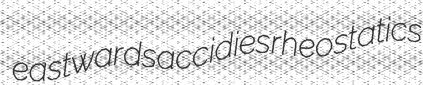
eastwards accidies rheostatics